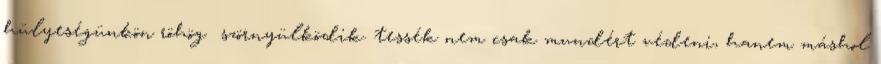
hülyeségünkön röhög szörnyülködik. tessék nem csak mundért védeni, hanem máshol